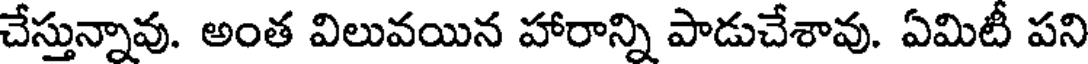
చేస్తున్నావు. అంత విలువయిన హారాన్ని పాడుచేశావు. ఏమిటీ పని